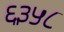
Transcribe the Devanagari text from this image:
६३५८